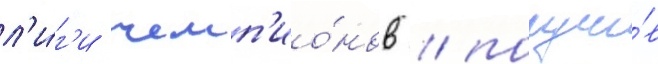
л'и́г'и чемп'ио́нов / получи́в